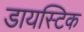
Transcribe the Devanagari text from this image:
डायस्टिक